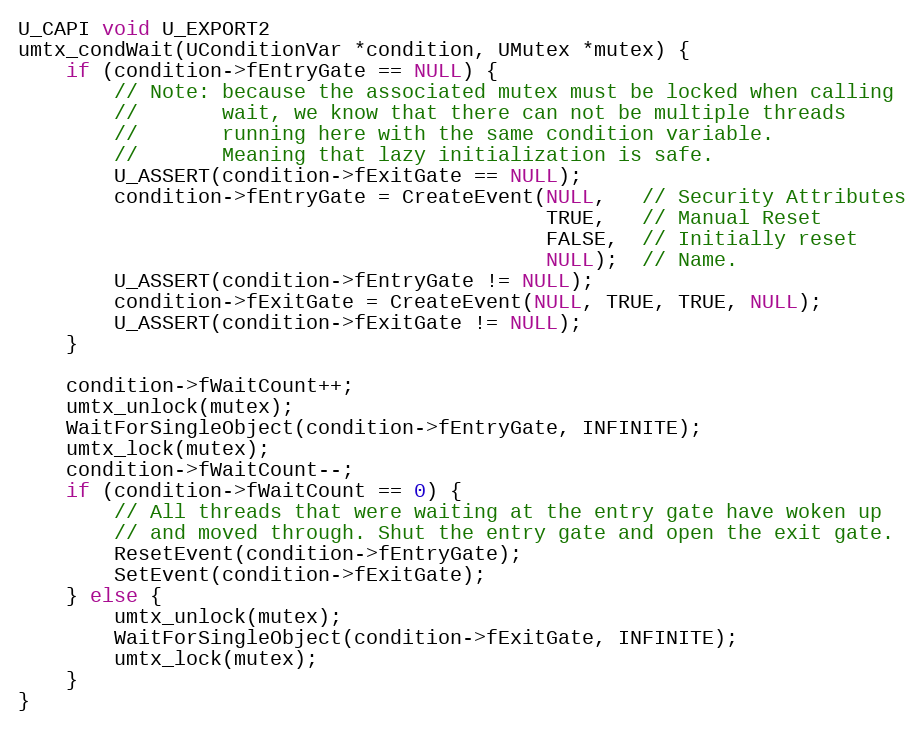
Language: C++
U_CAPI void U_EXPORT2
umtx_condWait(UConditionVar *condition, UMutex *mutex) {
    if (condition->fEntryGate == NULL) {
        // Note: because the associated mutex must be locked when calling
        //       wait, we know that there can not be multiple threads
        //       running here with the same condition variable.
        //       Meaning that lazy initialization is safe.
        U_ASSERT(condition->fExitGate == NULL);
        condition->fEntryGate = CreateEvent(NULL,   // Security Attributes
                                            TRUE,   // Manual Reset
                                            FALSE,  // Initially reset
                                            NULL);  // Name.
        U_ASSERT(condition->fEntryGate != NULL);
        condition->fExitGate = CreateEvent(NULL, TRUE, TRUE, NULL);
        U_ASSERT(condition->fExitGate != NULL);
    }

    condition->fWaitCount++;
    umtx_unlock(mutex);
    WaitForSingleObject(condition->fEntryGate, INFINITE);
    umtx_lock(mutex);
    condition->fWaitCount--;
    if (condition->fWaitCount == 0) {
        // All threads that were waiting at the entry gate have woken up
        // and moved through. Shut the entry gate and open the exit gate.
        ResetEvent(condition->fEntryGate);
        SetEvent(condition->fExitGate);
    } else {
        umtx_unlock(mutex);
        WaitForSingleObject(condition->fExitGate, INFINITE);
        umtx_lock(mutex);
    }
}